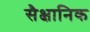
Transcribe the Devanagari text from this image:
सैक्षानिक